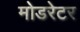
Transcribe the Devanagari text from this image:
मोडरेटर